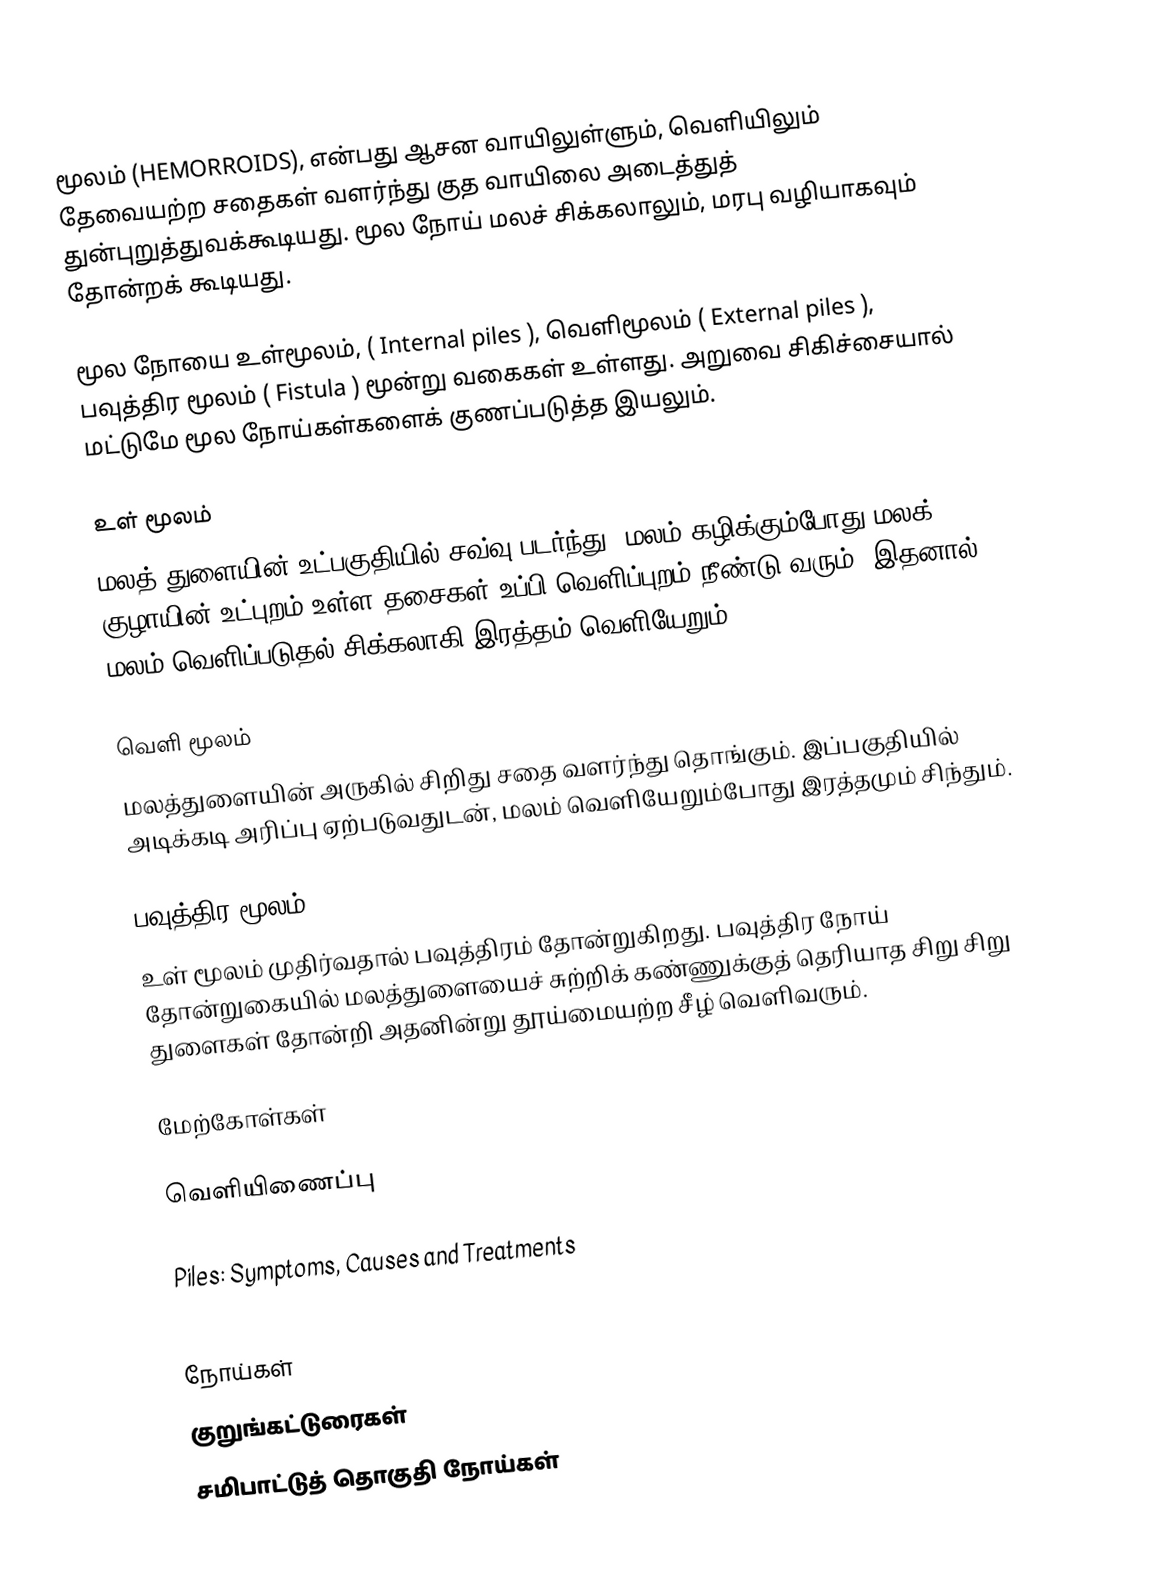
மூலம் (HEMORROIDS),  என்பது ஆசன வாயிலுள்ளும், வெளியிலும்  தேவையற்ற சதைகள் வளர்ந்து குத வாயிலை அடைத்துத் துன்புறுத்துவக்கூடியது. மூல நோய் மலச் சிக்கலாலும், மரபு வழியாகவும் தோன்றக் கூடியது.

மூல நோயை  உள்மூலம், ( Internal piles ), வெளிமூலம் ( External piles ), பவுத்திர மூலம் ( Fistula )  மூன்று வகைகள் உள்ளது. அறுவை சிகிச்சையால் மட்டுமே மூல நோய்கள்களைக் குணப்படுத்த இயலும்.

உள் மூலம்
மலத் துளையின் உட்பகுதியில் சவ்வு படர்ந்து, மலம் கழிக்கும்போது மலக் குழாயின் உட்புறம்  உள்ள தசைகள் உப்பி வெளிப்புறம் நீண்டு வரும். இதனால் மலம் வெளிப்படுதல் சிக்கலாகி இரத்தம் வெளியேறும்.

வெளி மூலம்
மலத்துளையின் அருகில் சிறிது சதை வளர்ந்து தொங்கும். இப்பகுதியில் அடிக்கடி அரிப்பு ஏற்படுவதுடன், மலம் வெளியேறும்போது இரத்தமும் சிந்தும்.

பவுத்திர மூலம் (FISTULA)
உள் மூலம் முதிர்வதால் பவுத்திரம் தோன்றுகிறது. பவுத்திர நோய் தோன்றுகையில் மலத்துளையைச் சுற்றிக் கண்ணுக்குத் தெரியாத சிறு சிறு துளைகள் தோன்றி  அதனின்று தூய்மையற்ற  சீழ் வெளிவரும்.

மேற்கோள்கள்

வெளியிணைப்பு

  Piles: Symptoms, Causes and Treatments

நோய்கள்
குறுங்கட்டுரைகள்
சமிபாட்டுத் தொகுதி நோய்கள்